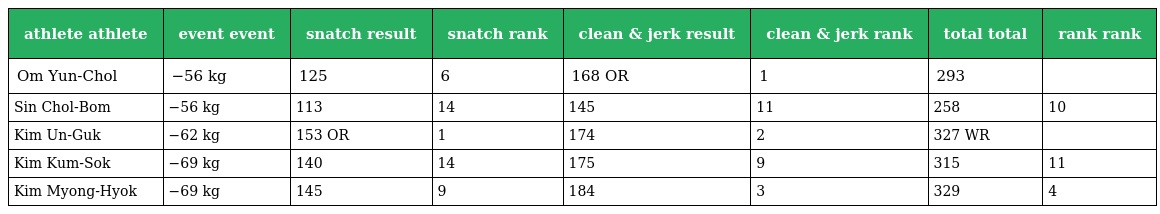
| athlete athlete | event event | snatch result | snatch rank | clean & jerk result | clean & jerk rank | total total | rank rank |
 | --- | --- | --- | --- | --- | --- | --- | --- |
 | Om Yun-Chol | −56 kg | 125 | 6 | 168 OR | 1 | 293 |  |
 | Sin Chol-Bom | −56 kg | 113 | 14 | 145 | 11 | 258 | 10 |
 | Kim Un-Guk | −62 kg | 153 OR | 1 | 174 | 2 | 327 WR |  |
 | Kim Kum-Sok | −69 kg | 140 | 14 | 175 | 9 | 315 | 11 |
 | Kim Myong-Hyok | −69 kg | 145 | 9 | 184 | 3 | 329 | 4 |